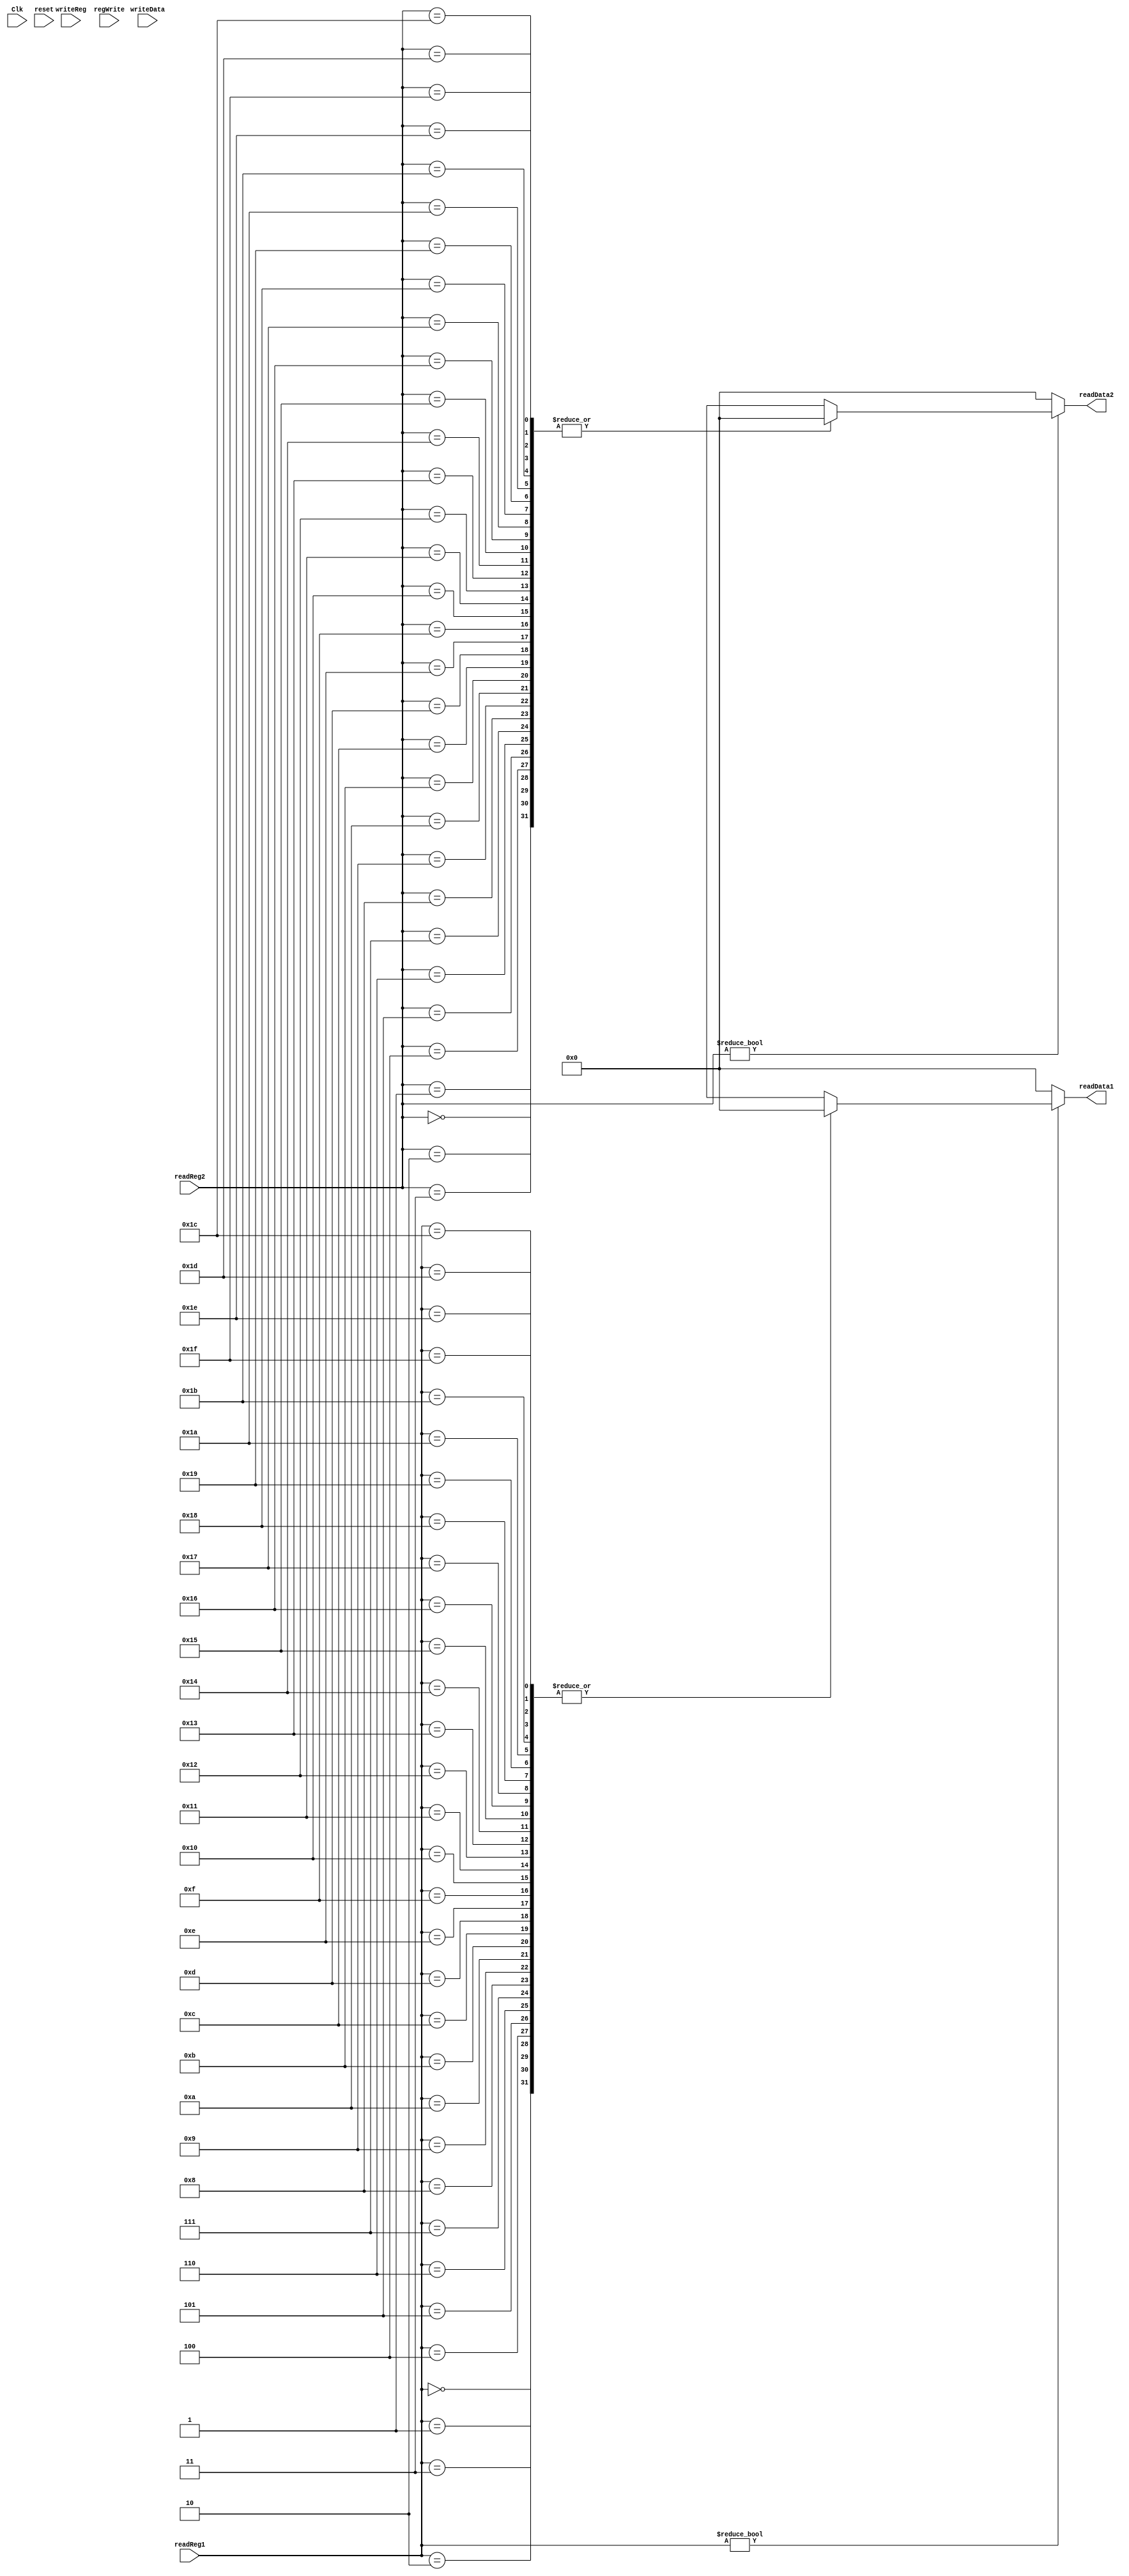
module Registers(
    input Clk,
    input [25:21] readReg1,
    input [20:16] readReg2,
    input [4:0] writeReg,
    input [31:0] writeData,
    input regWrite,
    input reset,
    output [31:0] readData1,
    output [31:0] readData2
    );
    
    reg [31:0] readData1;
    reg [31:0] readData2;
    
    reg [31:0] regFile[0:31];
    always @ (readReg1 or readReg2)
    begin
        if (readReg1)
            readData1 = regFile[readReg1];
        else 
            readData1 = 0;
        if (readReg2)
            readData2 = regFile[readReg2];
        else 
            readData2 = 0;
    end
    
    always @ (negedge Clk)
    begin
        if (regWrite)
            regFile[writeReg] <= writeData;
    end
    
    reg [5:0] cnt;
    always @ (reset)
    begin
        for (cnt = 0; cnt < 32; cnt=cnt+1)
            regFile[cnt] <= 0;
    end
        
endmodule